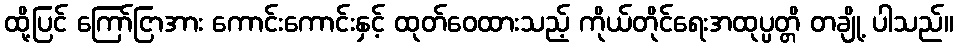
ထို့ပြင် ကြော်ငြာအား ကောင်းကောင်းနှင့် ထုတ်ဝေထားသည့် ကိုယ်တိုင်ရေးအထုပ္ပတ္တိ တချို့ ပါသည်။